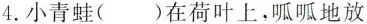
4.小青蛙()在荷叶上，呱呱地放